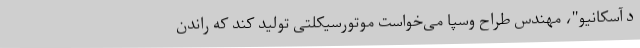
د آسکانیو"، مهندس طراح وسپا می‌خواست موتورسیکلتی تولید کند که راندن